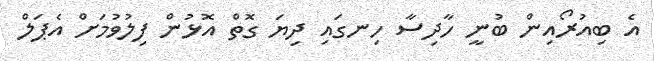
އެ ބިއުރޯއިން ބުނީ ހާދިސާ ހިނގައި ދިޔަ ގޮތް އޮޅުން ފިލުވުމަށް އެޕަލް